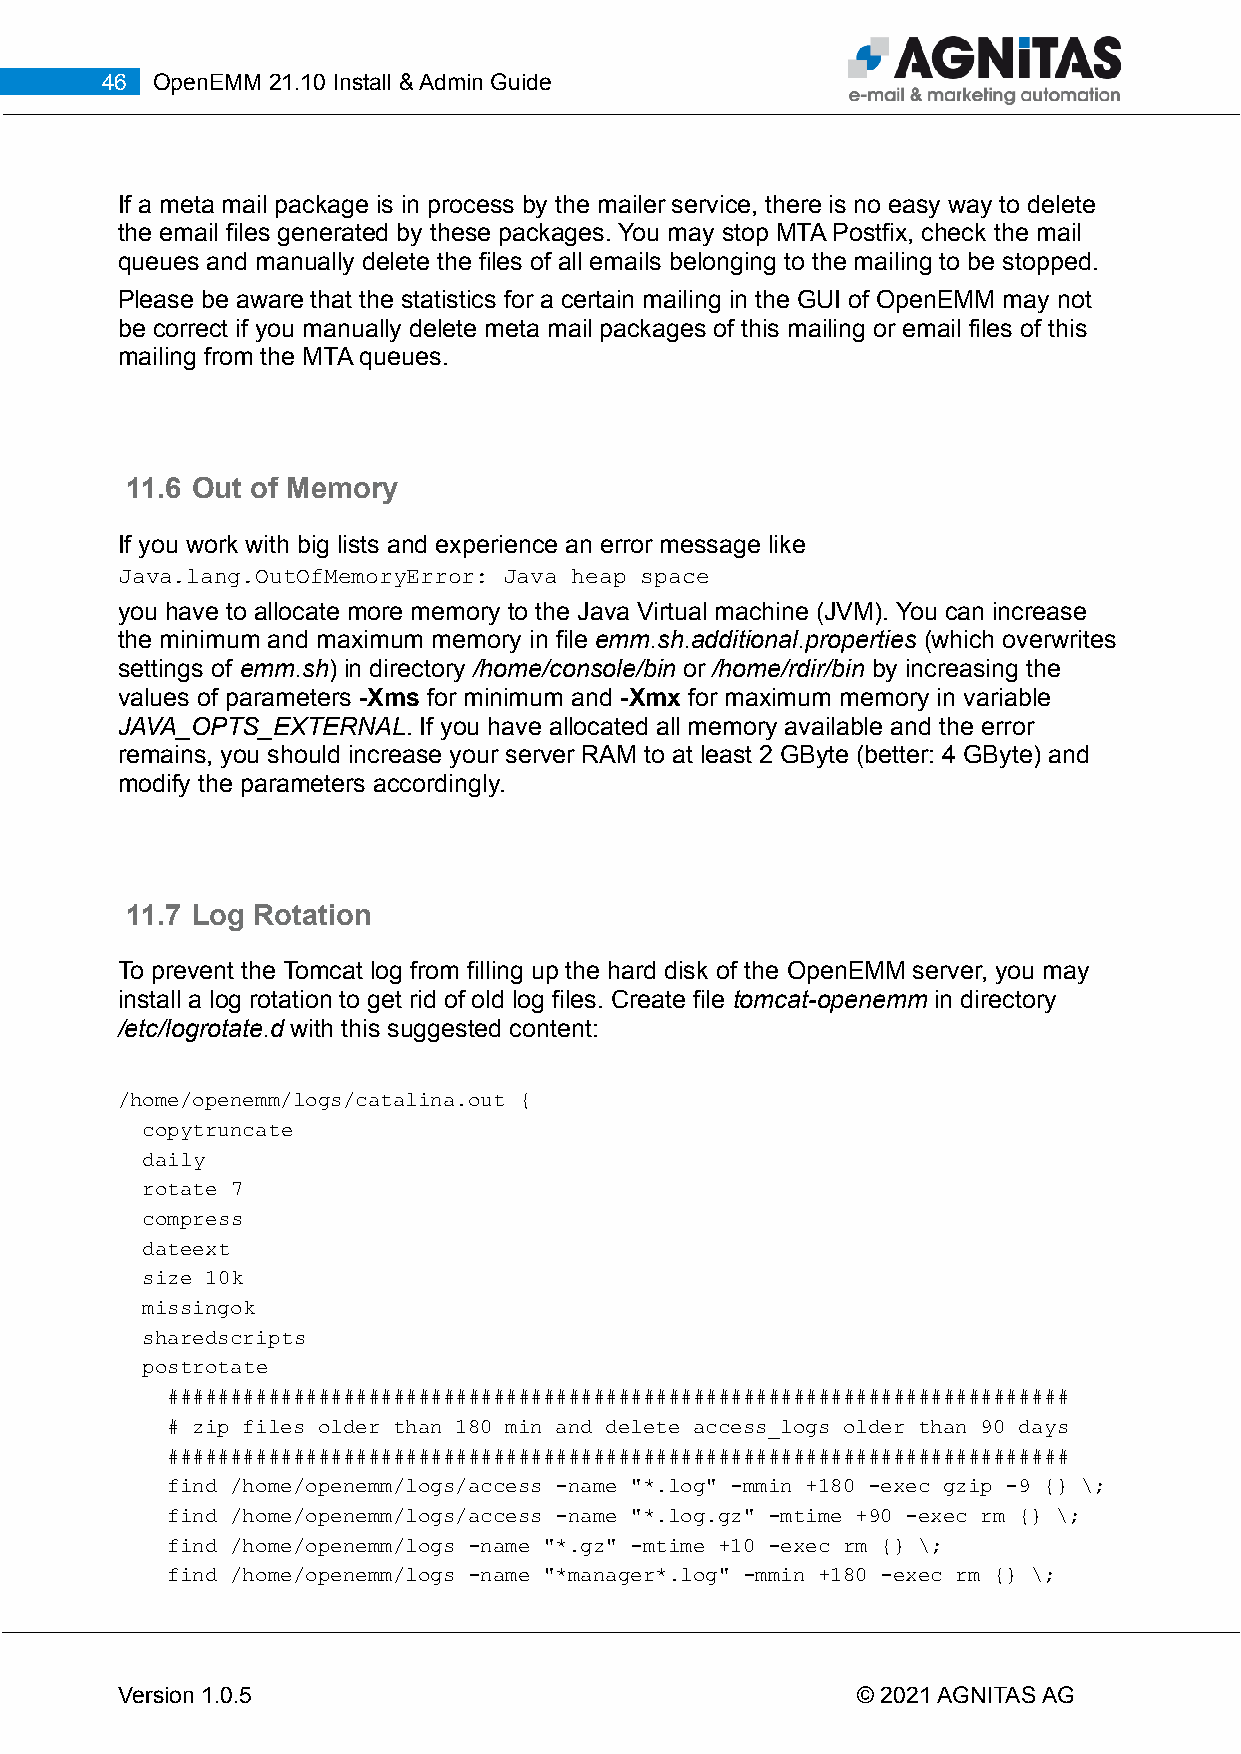
46 OpenEMM 21.10 Install & Admin Guide
 If a meta mail package is in process by the mailer service, there is no easy way to delete
 the email files generated by these packages. You may stop MTA Postfix, check the mail
 queues and manually delete the files of all emails belonging to the mailing to be stopped.
 Please be aware that the statistics for a certain mailing in the GUI of OpenEMM may not
 be correct if you manually delete meta mail packages of this mailing or email files of this
 mailing from the MTA queues.
 11.6 Out of Memory
 If you work with big lists and experience an error message like
 Java.lang.OutOfMemoryError: Java heap space
 you have to allocate more memory to the Java Virtual machine (JVM). You can increase
 the minimum and maximum memory in file emm.sh.additional.properties (which overwrites
 settings of emm.sh) in directory /home/console/bin or /home/rdir/bin by increasing the
 values of parameters -Xms for minimum and -Xmx for maximum memory in variable
 JAVA_OPTS_EXTERNAL. If you have allocated all memory available and the error
 remains, you should increase your server RAM to at least 2 GByte (better: 4 GByte) and
 modify the parameters accordingly.
 11.7 Log Rotation
 To prevent the Tomcat log from filling up the hard disk of the OpenEMM server, you may
 install a log rotation to get rid of old log files. Create file tomcat-openemm in directory
 /etc/logrotate.d with this suggested content:
 /home/openemm/logs/catalina.out {
 copytruncate
 daily
 rotate 7
 compress
 dateext
 size 10k
 missingok
 sharedscripts
 postrotate
 ########################################################################
 # zip files older than 180 min and delete access_logs older than 90 days
 ########################################################################
 find /home/openemm/logs/access -name "*.log" -mmin +180 -exec gzip -9 {} \;
 find /home/openemm/logs/access -name "*.log.gz" -mtime +90 -exec rm {} \;
 find /home/openemm/logs -name "*.gz" -mtime +10 -exec rm {} \;
 find /home/openemm/logs -name "*manager*.log" -mmin +180 -exec rm {} \;
 Version 1.0.5                                    © 2021 AGNITAS AG